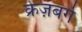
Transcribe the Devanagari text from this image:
क्रेज़बर्ग